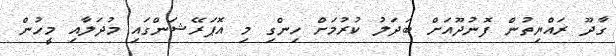
ގާދޫ ރައްޔިތުން ފޮނުދޫއަށް ބަދަލު ކުރުމަށް ހިންގި މި އޮޕަރޭޝަންގައި މުދަލާއި މީހުން